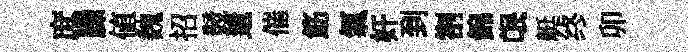
庶縢值魏招競遺催筯氣奸到劄錦氓艇终卯